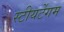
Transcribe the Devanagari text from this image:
स्टीयर्टेगम